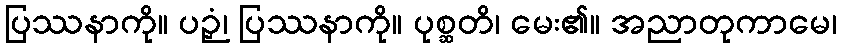
ပြဿနာကို။ ပဉှံ၊ ပြဿနာကို။ ပုစ္ဆတိ၊ မေး၏။ အညာတုကာမေ၊